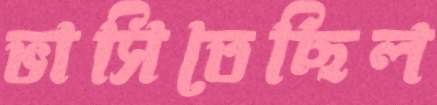
ভাসিতেছিল